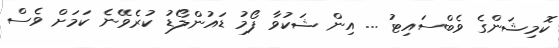
ކޮމިޝަންގެ ވެބްސައިޓު ... އިން ޝަކުވާ ފޯމު ޑައުންލޯޑު ކުރެވޭނެ ކަމަށް ވެސް